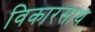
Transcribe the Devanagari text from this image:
विकारसाथ